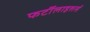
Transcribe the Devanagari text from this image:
फर्टीलाइशर्स